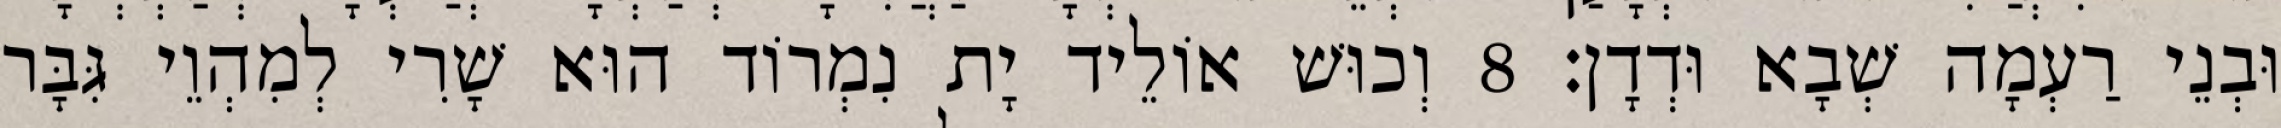
וּבְנֵי רַעְמָה שְׁבָא וּדְדָן׃ 8 וְכוּשׁ אוֹלֵיד יָת נִמְרוֹד הוּא שָׁרִי לְמִהְוֵי גִּבָּר